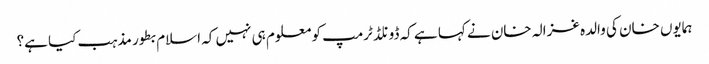
ہمایوں خان کی والدہ غزالہ خان نے کہا ہے کہ ڈونلڈ ٹرمپ کو معلوم ہی نہیں کہ اسلام بطور مذہب کیا ہے؟